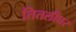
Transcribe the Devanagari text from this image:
तितलीघर